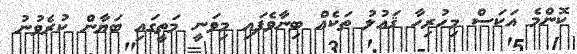
ކޮންމެ އަކަސް މިހުރިހާ ޤައުލު ތަކެއް ބިނާވެފައި މިވަނީ މަތީގައި ބަޔާން ކުރެވުނު